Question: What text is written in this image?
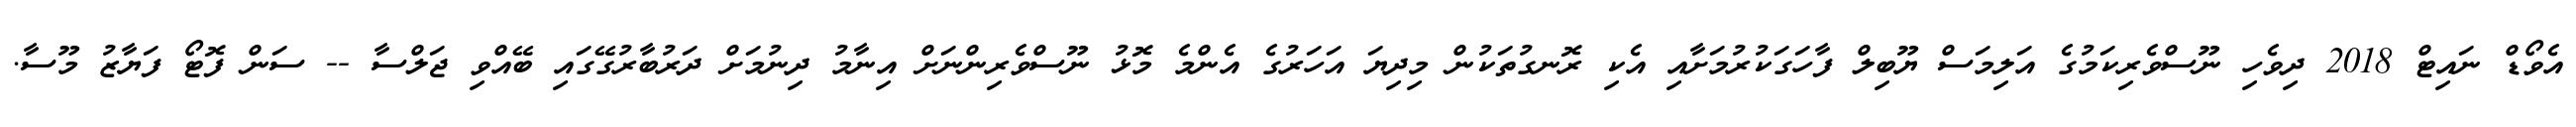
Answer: އެވޯޑް ނައިޓް 2018 ދިވެހި ނޫސްވެރިކަމުގެ އަލިމަސް ޔޫބިލް ފާހަގަކުރުމަށާއި އެކި ރޮނގުތަކުން މިދިޔަ އަހަރުގެ އެންމެ މޮޅު ނޫސްވެރިންނަށް އިނާމު ދިނުމަށް ދަރުބާރުގޭގައި ބޭއްވި ޖަލްސާ -- ސަން ފޮޓޯ ފަޔާޒު މޫސާ.